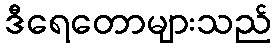
ဒီရေတောများသည်